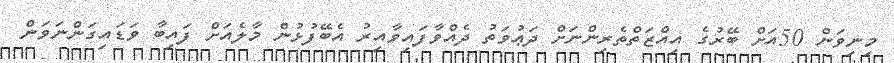
މިނިވަން 50އަށް ބޭރުގެ އިއްޒަތްތެރިންނަށް ދަޢުވަތު ދެއްވާފައިވާއިރު އެބޭފުޅުން މާލެއަށް ފައިބާ ވަޑައިގަންނަވަން